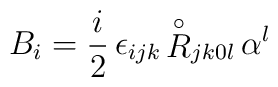
{B}_i = \frac{i}{2} \, \epsilon_{ijk} \, {\stackrel{\circ}{R}}_{j k 0 l} \, \alpha^l